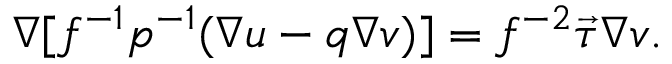
\nabla [ f ^ { - 1 } p ^ { - 1 } ( \nabla u - q \nabla v ) ] = f ^ { - 2 } \vec { \tau } \nabla v .